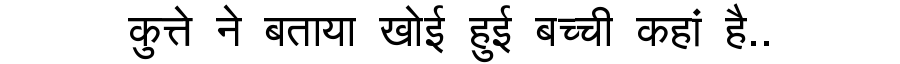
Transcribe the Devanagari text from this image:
कुत्ते ने बताया खोई हुई बच्ची कहां है..